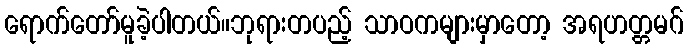
ရောက်တော်မူခဲ့ပါတယ်။ဘုရားတပည့် သာဝကများမှာတော့ အရဟတ္တမဂ်